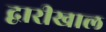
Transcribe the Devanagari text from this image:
द्वारीखाल